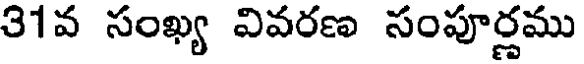
31వ సంఖ్య వివరణ సంపూర్ణము